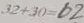
: 3 2 + 3 0 = 6 2